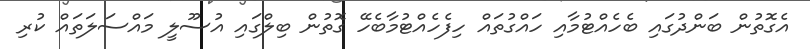
އެގޮތުން ބަންދުގައި ބެހެއްޓުމާއި ހައްގުތައް ހިފެހެއްޓުމާބެހޭ ގޮތުން ބިލްގައި އުސޫލީ މައްސަލަތައް ކުރި